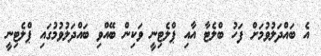
އެ ބައްދަލުވުމަށް ފަހު ބްލެޓާ އާއި ޕްލެޓިނީ ވަކިން ބޭއްވި ބައްދަލުވުމުގައި ޕްލެޓިނީ